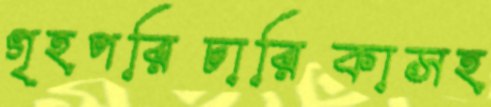
গৃহপরিচারিকাসহ